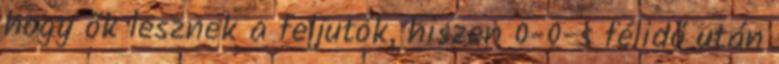
hogy ők lesznek a feljutók, hiszen 0-0-s félidő után